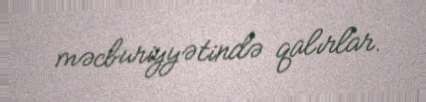
məcburiyyətində qalırlar.